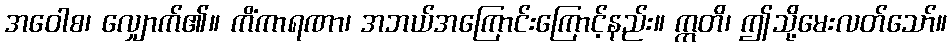
အဝေါစ၊ လျှောက်၏။ ကိံကာရဏာ၊ အဘယ်အကြောင်းကြောင့်နည်း။ ဣတိ၊ ဤသို့မေးလတ်သော်။